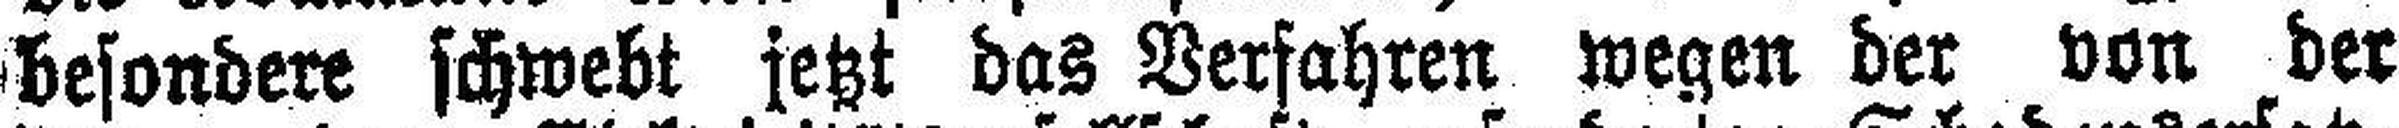
besondere schwebt jetzt das Verfahren wegen der von der